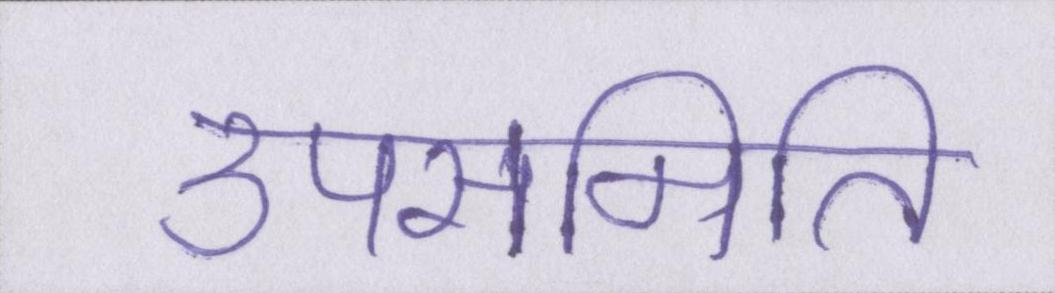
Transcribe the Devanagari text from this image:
उपसमिति